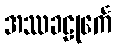
အဿခဠုင်္ကေ